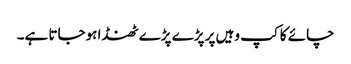
چائے کا کپ وہیں پر پڑے پڑے ٹھنڈا ہوجاتا ہے۔